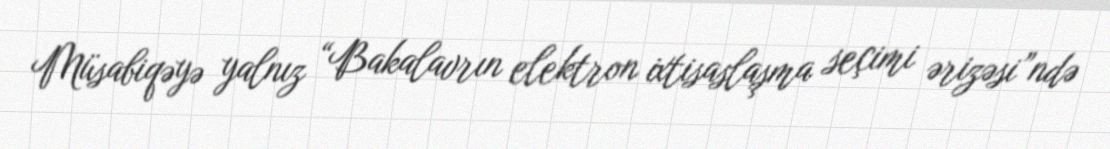
Müsabiqəyə yalnız “Bakalavrın elektron ixtisaslaşma seçimi ərizəsi”ndə